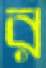
র